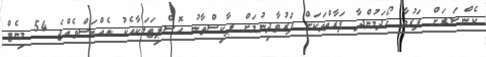
ކެންސަރަށް ފަރުވާ ހޯދަމުންދާ ފަރާތްތަކަށް ފަރުވާދިނުމަށް ޕާކިސްތާނު ހޮސްޕިޓަލަކާއެކު އެއްބަސްވެއްޖެ 54 މިނެޓް